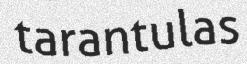
tarantulas